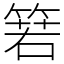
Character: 箬